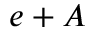
e + A